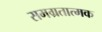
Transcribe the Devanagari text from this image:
समग्रतात्मक